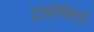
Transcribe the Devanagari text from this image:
ट्राइरेडिएट